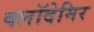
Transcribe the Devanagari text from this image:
क्लॉदेमिर